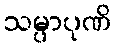
သမ္ပာပုဏိ